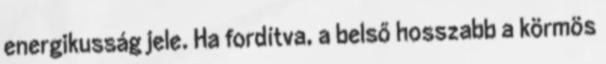
energikusság jele. Ha fordítva, a belső hosszabb a körmös